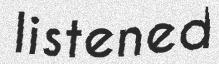
listened